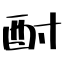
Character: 酎